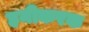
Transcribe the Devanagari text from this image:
हनीकरक